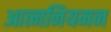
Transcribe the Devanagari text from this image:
आत्मनियमन